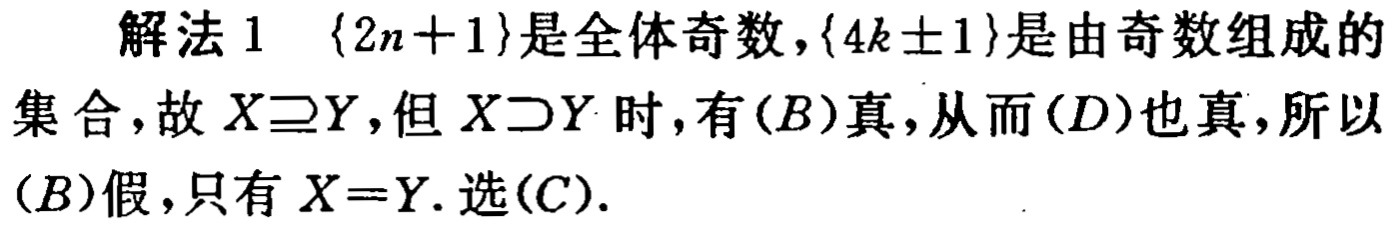
解法 1 \(\{2n + 1\}\)是全体奇数，\(\{4k\pm1\}\)是由奇数组成的集合，故 \(X\supseteq Y\)，但 \(X\supset Y\) 时，有\((B)\)真，从而\((D)\)也真，所以\((B)\)假，只有 \(X = Y\). 选\((C)\).